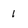
Character: 1